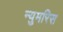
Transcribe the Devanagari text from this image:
न्युमरिस